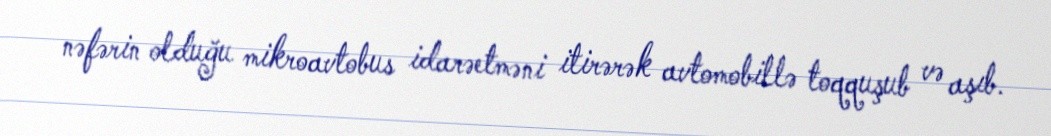
nəfərin olduğu mikroavtobus idarəetməni itirərək avtomobillə toqquşub və aşıb.